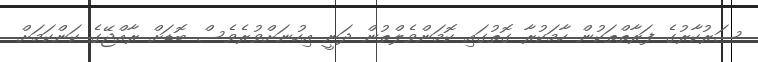
ސަރުކާރުގެ ފަރާތްތަކުން ހާމަކުރާ ގޮތުގައި ކޮމަންވެލްތުން ދަނީ އިހުނަށްވުރެވެސް ބޮޑަށް ރާއްޖޭގެ ކަންކަމަށް